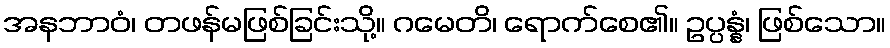
အနဘာဝံ၊ တဖန်မဖြစ်ခြင်းသို့။ ဂမေတိ၊ ရောက်စေ၏။ ဥပ္ပန္နံ၊ ဖြစ်သော။